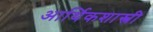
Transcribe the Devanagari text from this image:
आर्थिकशास्त्री